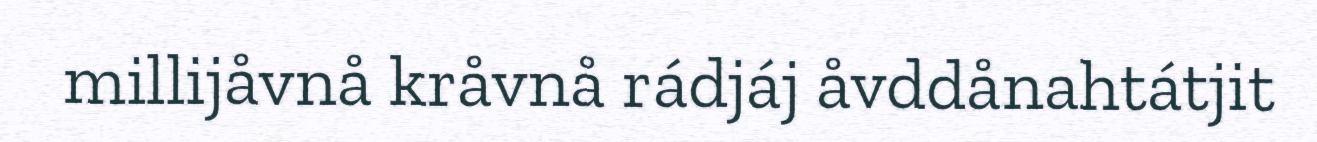
millijåvnå kråvnå rádjáj åvddånahtátjit